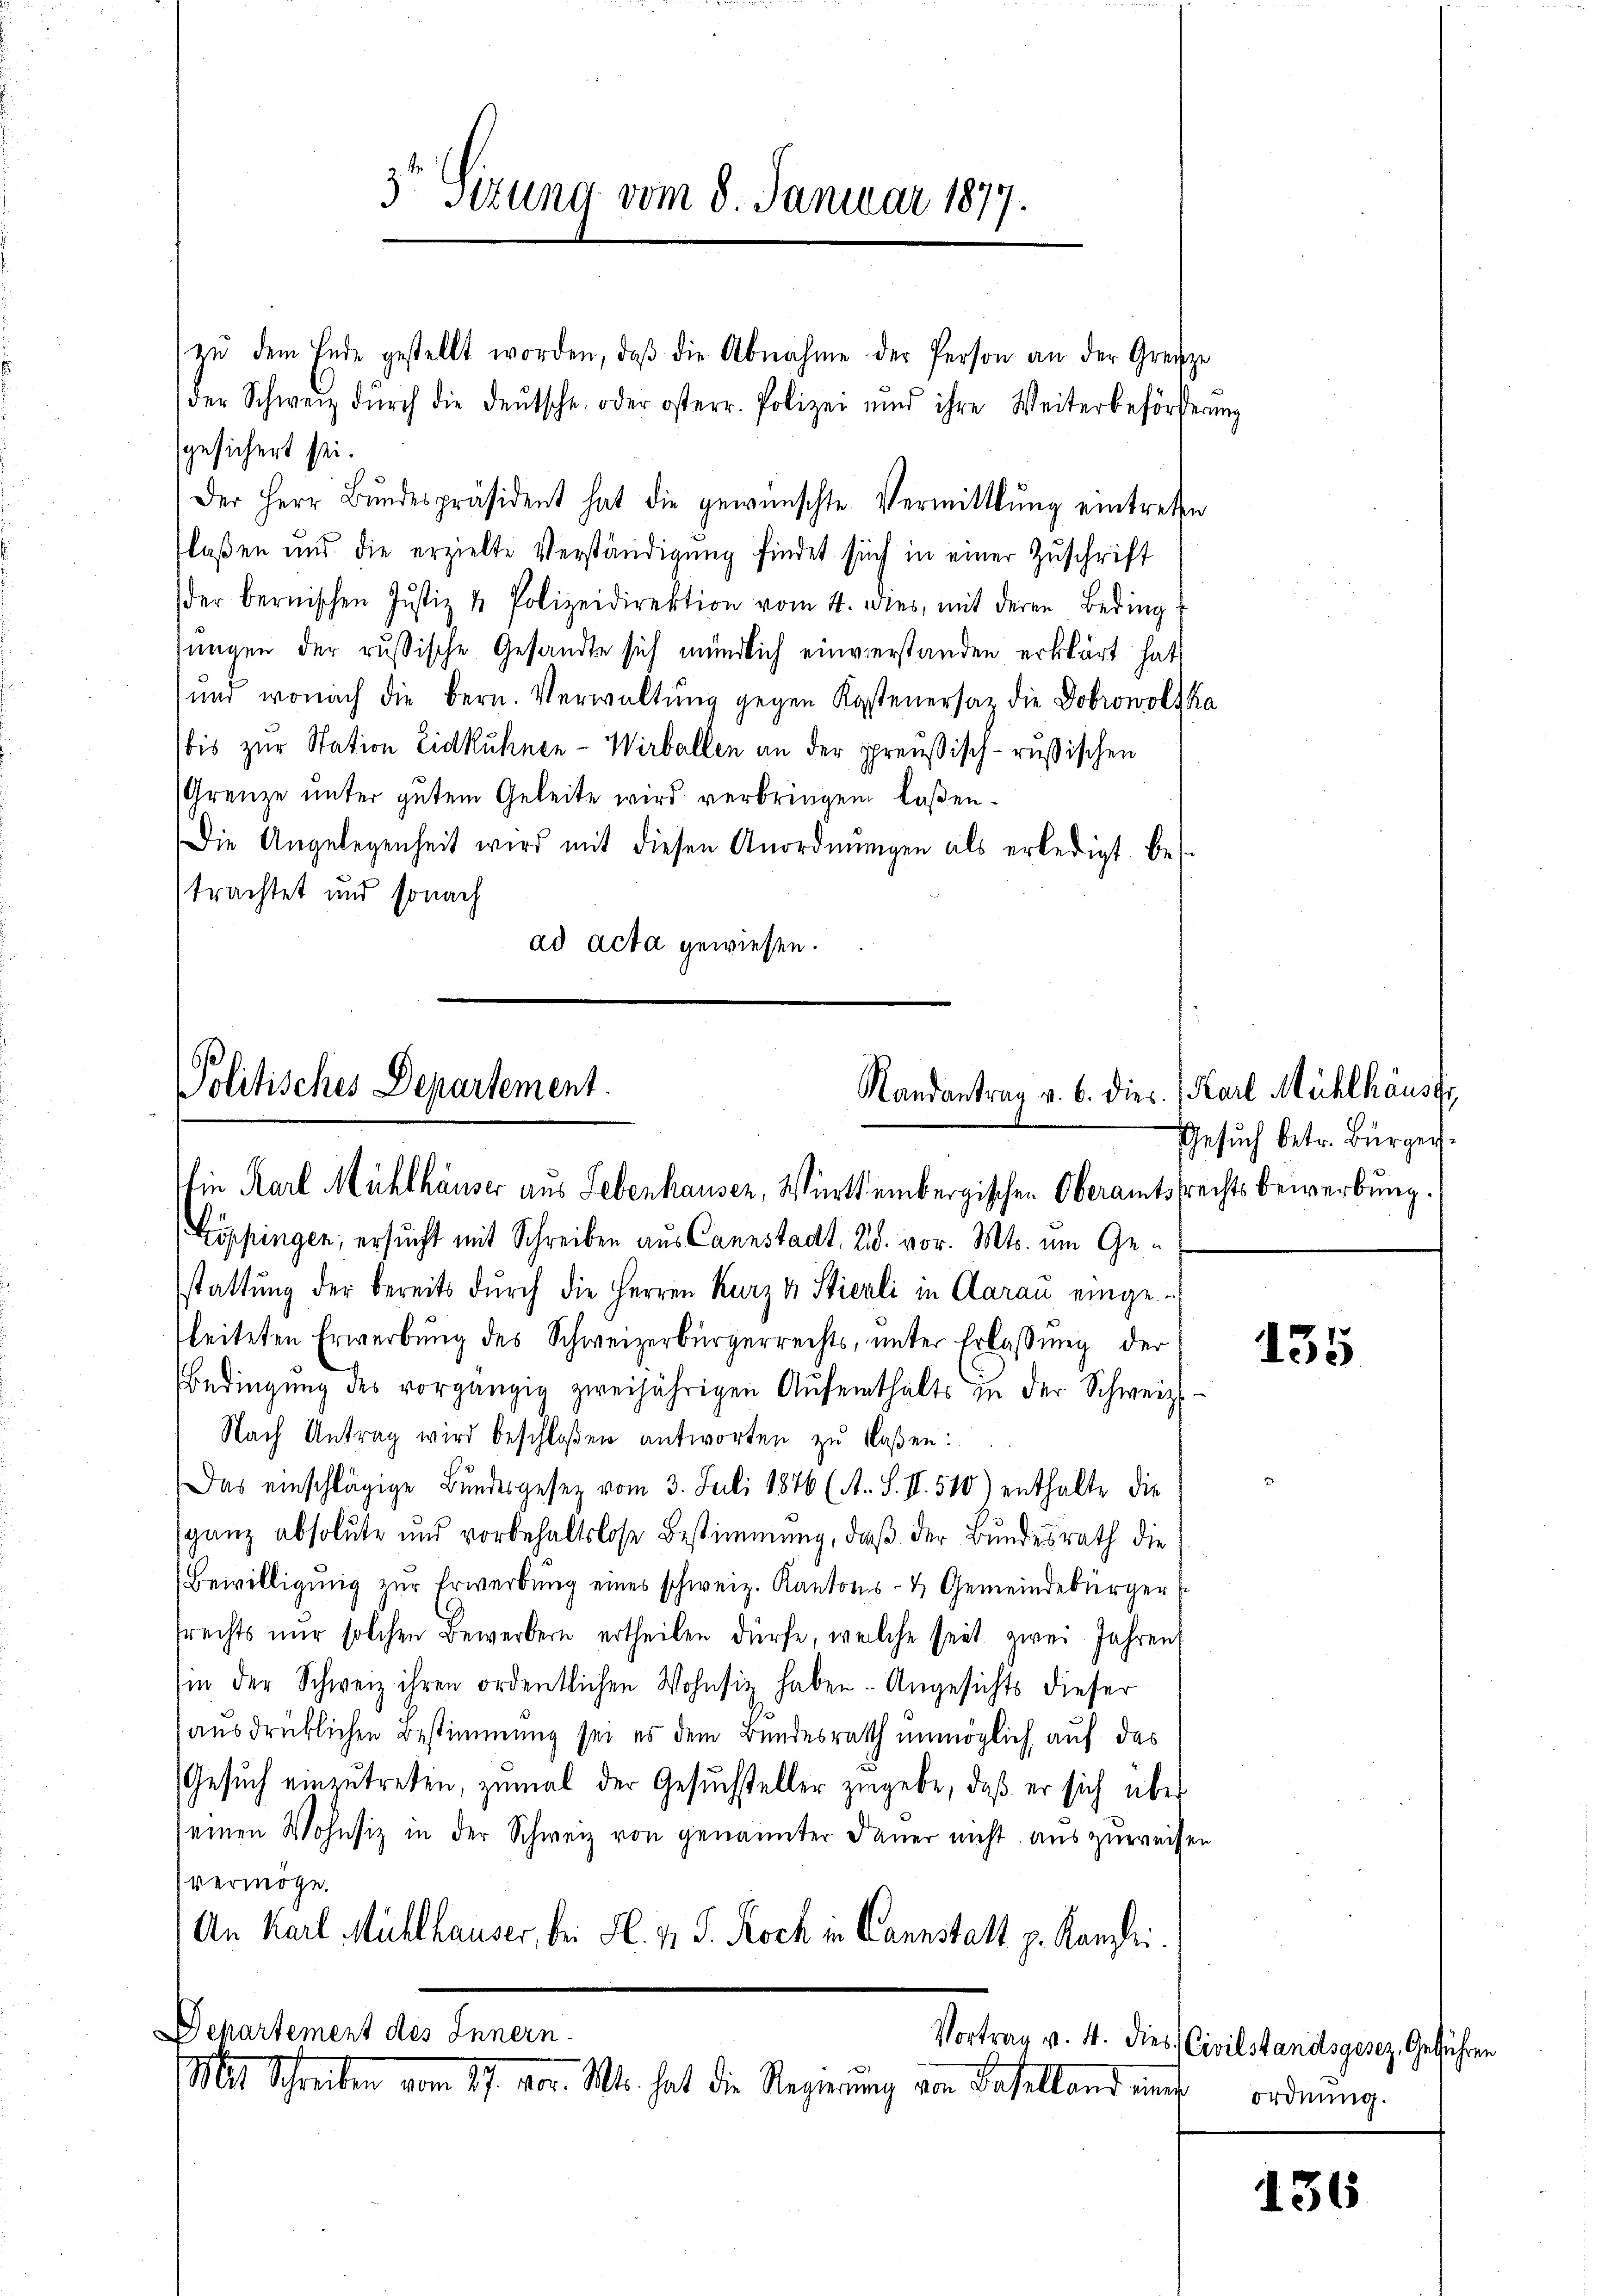
3 Sizung vom 8. Januar 1877.

gesichert sei.
Der Herr Bŭndespräsident hat die gewünschte Vermittlung eintrete
laßen und die erzielte Verständigung findet sich in einer Zuschrift
der bernischen Jŭstiz & Polizeidirektion vom 4. dies, mit deren Beding
sungen der russische Gesandte sich mündlich einverstanden erklärt hat
und wonach die Bern. Verwaltŭng gegen Kostenersal die Dobrowolska
bis zur Station Eidkühnen-Wirballen an der preußisch-rußischen
Grenze unter gutem Geleite wird verbringen laßen.
Die Angelegenheit wird mit diesen Anordnŭngen als erledigt bes
trachtet und sonach
ad acta gewiesen.

Politisches Departement.
Randantrag v. 6. dies. (Karl Mühlhäuser
in Karl Mühlhäuser aus Lebenhausen, Würth einbergischen Oberamtsrechtsbewerbung.

Zöppingen; ersucht mit Schreiben aus Cannstadt, Bd. vor. Mts. um Gestattung der bereits durch die Herren Kurz v. Stierli in Aarau einge-
leiteten Erwerbung des Schweizerbürgerrechts, unter Erlassung der
Bedingŭng des vorgängig zweijährigen Aŭfenthalts in der Schweiz.
Nach Antrag wird beschloßen antworten zu laßen:
Das einschlägige Bundesgesetz vom 3. Juli 1876 (A. S. II. 510) enthalte die
sganz absolute und vorbehaltslose Bestimmung, daβ der Bundesrath die
Bewilligŭng zŭr Erwerbŭng eines schweiz. Kantons- & Gemeindebürger (
srechts nur solchen Bewerbern ertheilen dürfe, welche seit zwei Jahren
sin der Schweiz ihren ordentlichen Wohnsiz haben. Angesichts dieser
ausdrücklichen Bestimmung sei es dem Bundesrath unmöglich auf das
Gesuch einzutreten, zumal der Gesuchsteller zugebe, daß er sich über
seinen Wohnsiz in der Schweiz von genannter Dauer nicht auszuweisen
vermöge.
An Karl Mühlhauser, bei H. v. J. Koch in Cannstalt p. Kanzlei.
Departement des Innern
Vortrag v. 4. dies Civilstandsgesez, Geführen
Mit Schreiben vom 17. vor. Mts. hat die Regierung von Baselland eins

zŭ dem Ende gestellt worden, daβ die Abnahme der Person an der Grenze
der Schweiz dŭrch die deŭtsche oder österr. Polizei und ihre Weiterbeförderung

Gesuch betr. Bürger.

135

ordnung.

136